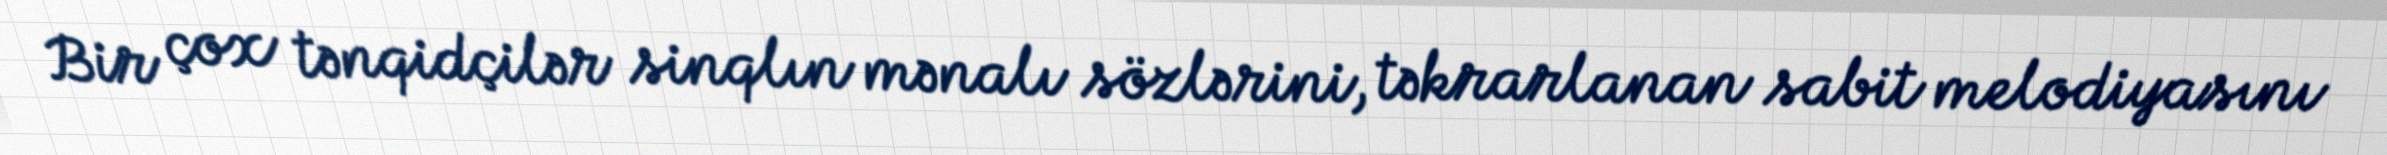
Bir çox tənqidçilər sinqlın mənalı sözlərini, təkrarlanan sabit melodiyasını